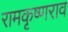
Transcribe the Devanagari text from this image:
रामकृष्णराव